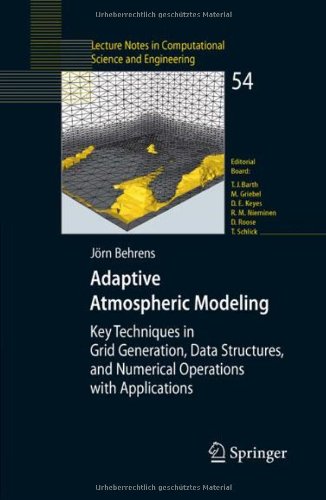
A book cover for Adaptive Atmospheric Modeling: Key Techniques in Grid Generation, Data Structures, and Numerical Operations with Applications (Lecture Notes in Computational Science and Engineering); JÃ¶rn Behrens; Science & Math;